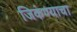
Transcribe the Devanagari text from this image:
जिकंण्याचा